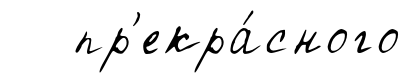
пр'екра́сного